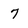
Character: 7